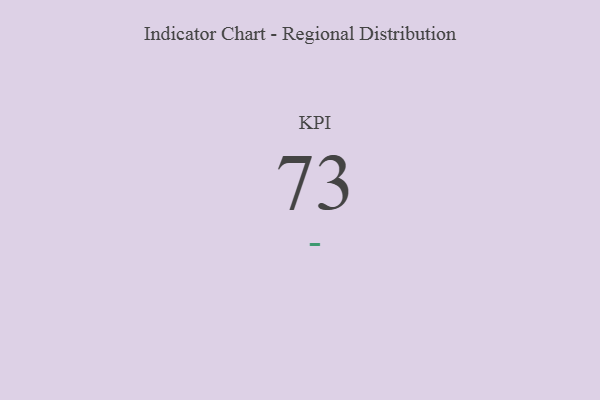
{"axis": {"x": "KPI", "y": "Value"}, "legend": [""], "data": [{"x": "KPI", "y": 73, "type": ""}]}